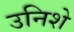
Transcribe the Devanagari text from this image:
उनिशे